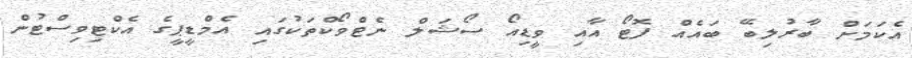
އެކަމަށް ބާރުލިބޭ ބައެއް ފޮޓޯ އާއި ވީޑިއޯ ސޯޝަލް ނެޓްވޯކްތަކުގައި އެމްޑީޕީގެ އެކްޓިވިސްޓުން